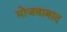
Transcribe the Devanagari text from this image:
मोजबाबाद